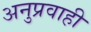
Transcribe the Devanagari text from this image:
अनुप्रवाही